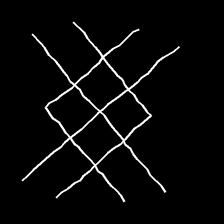
Glyph: crystal